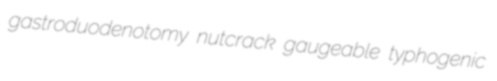
gastroduodenotomy nutcrack gaugeable typhogenic